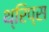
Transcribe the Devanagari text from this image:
थ्रिप्‍स